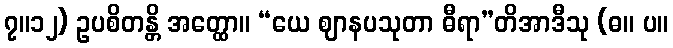
၇။၁၂) ဥပစိတန္တိ အတ္ထော။ “ယေ ဈာနပသုတာ ဓီရာ”တိအာဒီသု (ဓ။ ပ။